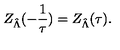
Z _ { \hat { \Lambda } } ( - \frac 1 \tau ) = Z _ { \hat { \Lambda } } ( \tau ) .